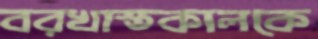
বরখাস্তকালকে